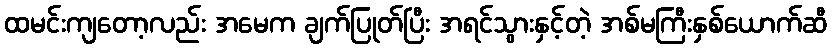
ထမင်းကျတော့လည်း အမေက ချက်ပြုတ်ပြီး အရင်သွားနှင့်တဲ့ အစ်မကြီးနှစ်ယောက်ဆီ